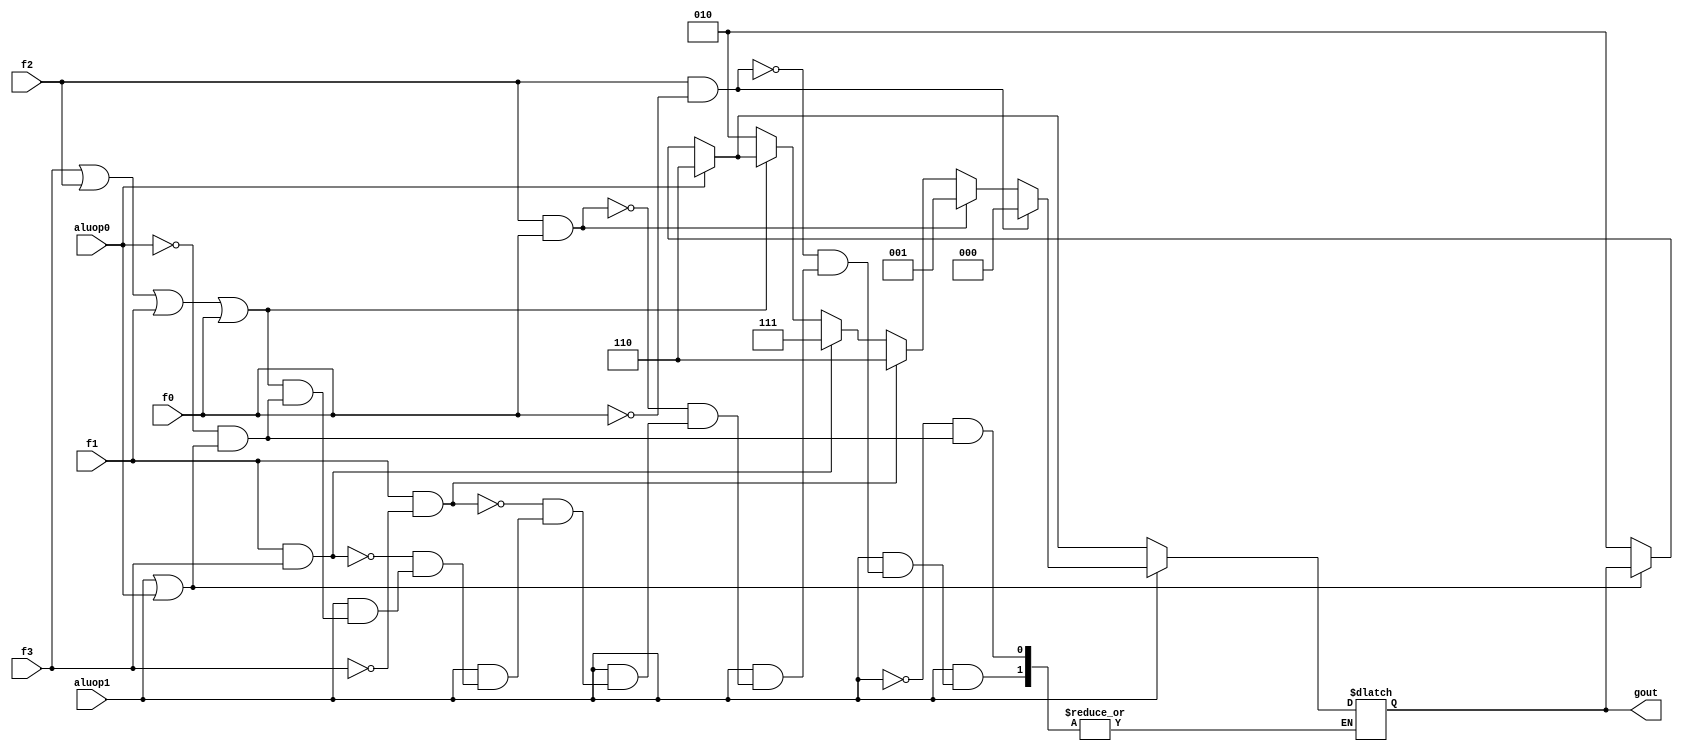
module alucont(aluop1,aluop0,f3,f2,f1,f0,gout);//Figure 4.12 
input aluop1,aluop0,f3,f2,f1,f0;
output [2:0] gout;
reg [2:0] gout;
always @(aluop1 or aluop0 or f3 or f2 or f1 or f0)
begin
if(~(aluop1|aluop0))  gout=3'b010; //if not r format-->add for load or store 
if(aluop0)gout=3'b110; //
if(aluop1)//R-type
begin
	if (~(f3|f2|f1|f0))gout=3'b010; 	//function code=0000,ALU control=010 (add)
	if (f1&f3)gout=3'b111;			//function code=1x1x,ALU control=111 (set on less than)
	if (f1&~(f3))gout=3'b110;		//function code=0x10,ALU control=110 (sub)
	if (f2&f0)gout=3'b001;			//function code=x1x1,ALU control=001 (or)
	if (f2&~(f0))gout=3'b000;		//function code=x1x0,ALU control=000 (and)
end
end
endmodule